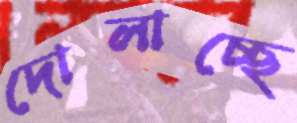
দোলাচ্ছে